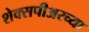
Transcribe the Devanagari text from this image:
शेक्सपीअरच्या